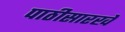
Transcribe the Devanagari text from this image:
पाठीसारखे